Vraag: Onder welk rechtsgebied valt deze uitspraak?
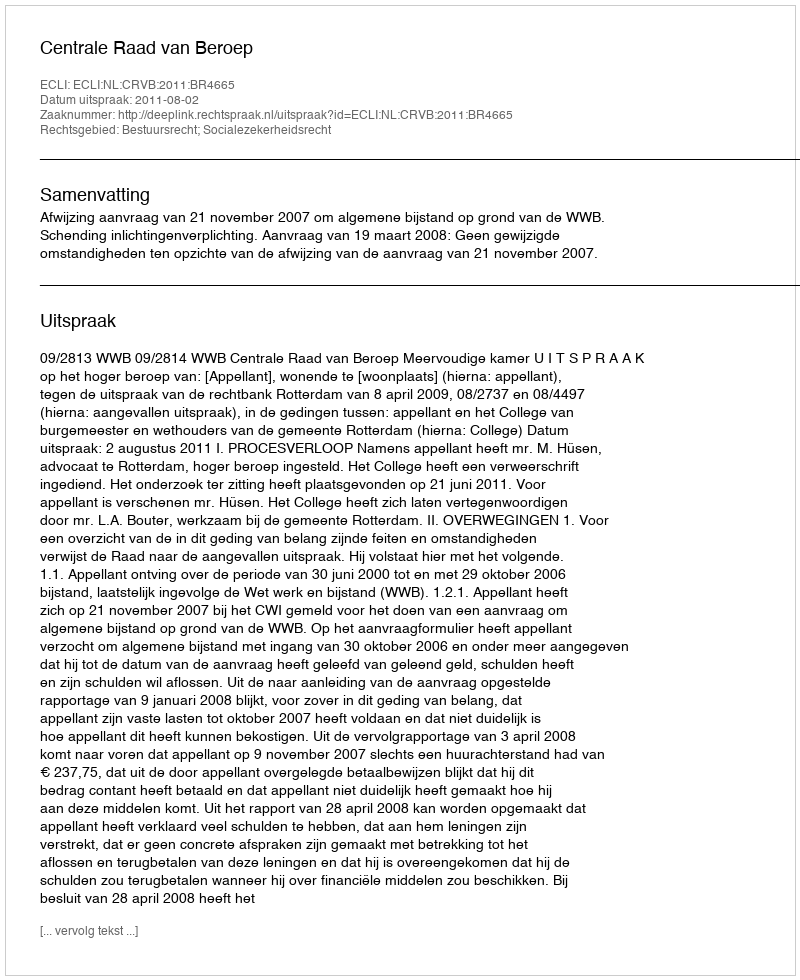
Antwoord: Bestuursrecht; Socialezekerheidsrecht